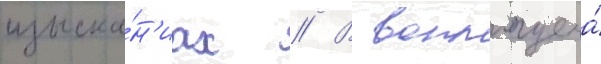
изыска́н'иах // В воплощена́